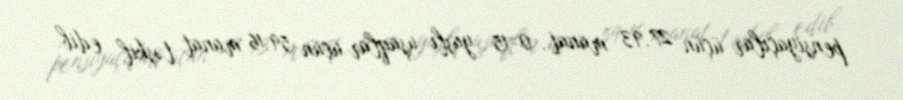
pensiyaçılar üçün 27,93 manat, 0-15 yaşlı uşaqlar üçün 59,16 manat təşkil edib.